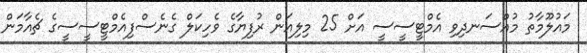
މައުލޫމާތު މުއްސަނދިވި އެމްޓީސީސީ އަށް 25 މިލިއަން ރުފިޔާގެ ވެހިކަލް ގެނެސްފިއެމްޓީސީސީގެ ޗެއާމަން